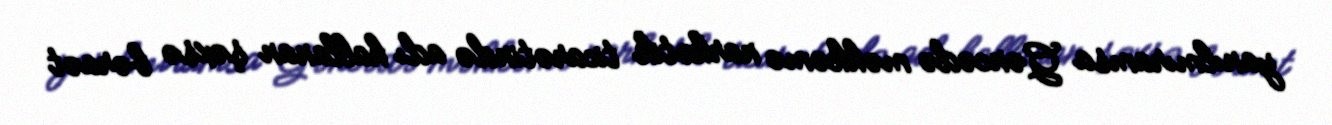
yanılmıramsa Gəncədə məhkəmə narkotik ticarətində adı hallanan şəxsə bəraət